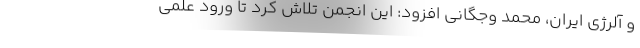
و آلرژی ایران، محمد وجگانی افزود: این انجمن تلاش کرد تا ورود علمی